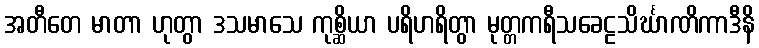
အတီတေ မာတာ ဟုတွာ ဒသမာသေ ကုစ္ဆိယာ ပရိဟရိတွာ မုတ္တကရီသခေဠသိင်္ဃာဏိကာဒီနိ